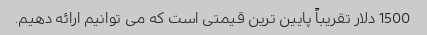
1500 دلار تقریباً پایین ترین قیمتی است که می توانیم ارائه دهیم.